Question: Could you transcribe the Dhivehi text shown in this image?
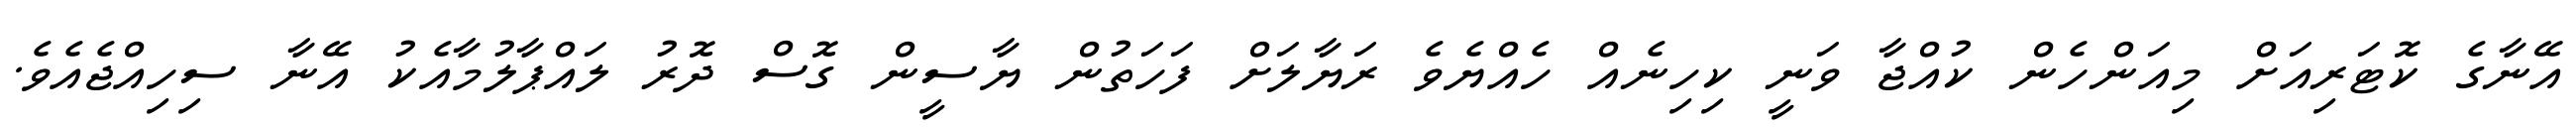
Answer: އޭނާގެ ކޮޓަރިއަށް މިއަންހެން ކުއްޖާ ވަނީ ކިހިނެއް ހެއްޔެވެ ރަޔާލަށް ފަހަތުން ޔާސީން ގޮސް ދޮރު ލައްޕާލުމާއެކު އޭނާ ސިހިއްޖެއެވެ.